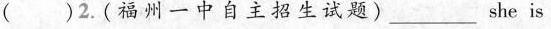
()2.(福州一中自主招生试题)___ she is